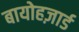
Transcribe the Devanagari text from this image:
बायोहज़ार्ड